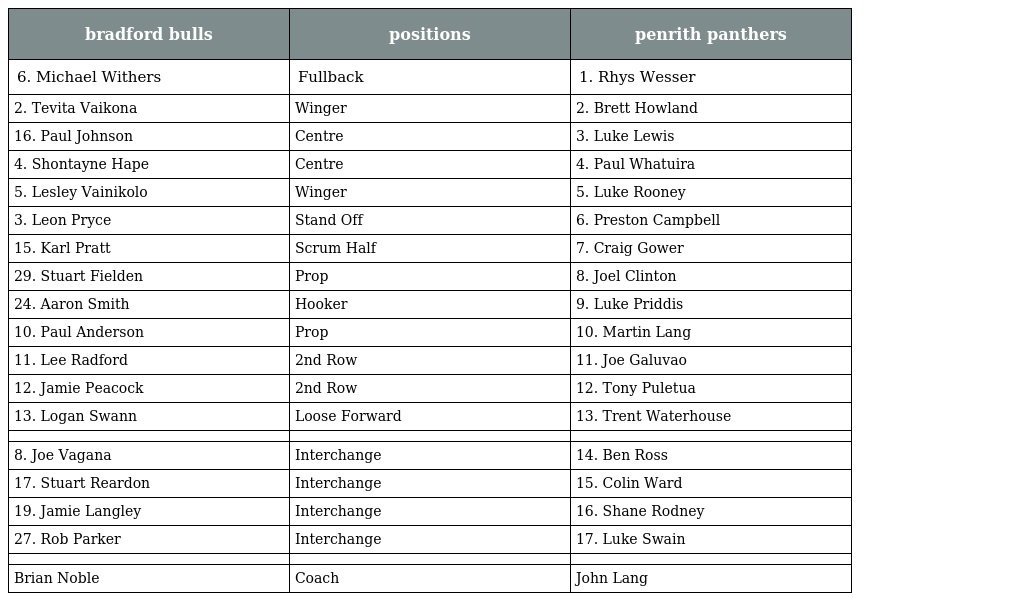
| bradford bulls | positions | penrith panthers |
 | --- | --- | --- |
 | 6. Michael Withers | Fullback | 1. Rhys Wesser |
 | 2. Tevita Vaikona | Winger | 2. Brett Howland |
 | 16. Paul Johnson | Centre | 3. Luke Lewis |
 | 4. Shontayne Hape | Centre | 4. Paul Whatuira |
 | 5. Lesley Vainikolo | Winger | 5. Luke Rooney |
 | 3. Leon Pryce | Stand Off | 6. Preston Campbell |
 | 15. Karl Pratt | Scrum Half | 7. Craig Gower |
 | 29. Stuart Fielden | Prop | 8. Joel Clinton |
 | 24. Aaron Smith | Hooker | 9. Luke Priddis |
 | 10. Paul Anderson | Prop | 10. Martin Lang |
 | 11. Lee Radford | 2nd Row | 11. Joe Galuvao |
 | 12. Jamie Peacock | 2nd Row | 12. Tony Puletua |
 | 13. Logan Swann | Loose Forward | 13. Trent Waterhouse |
 |  |  |  |
 | 8. Joe Vagana | Interchange | 14. Ben Ross |
 | 17. Stuart Reardon | Interchange | 15. Colin Ward |
 | 19. Jamie Langley | Interchange | 16. Shane Rodney |
 | 27. Rob Parker | Interchange | 17. Luke Swain |
 |  |  |  |
 | Brian Noble | Coach | John Lang |